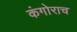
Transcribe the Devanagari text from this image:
कंगोराच